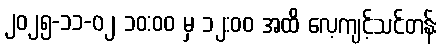
၂၀၂၅-၁၁-၀၂ ၁၀:၀၀ မှ ၁၂:၀၀ အထိ လေ့ကျင့်သင်တန်း